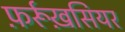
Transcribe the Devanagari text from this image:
फ़र्रूख़सियर